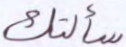
سألتك